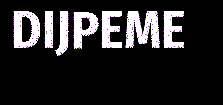
DIJPEME